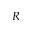
R